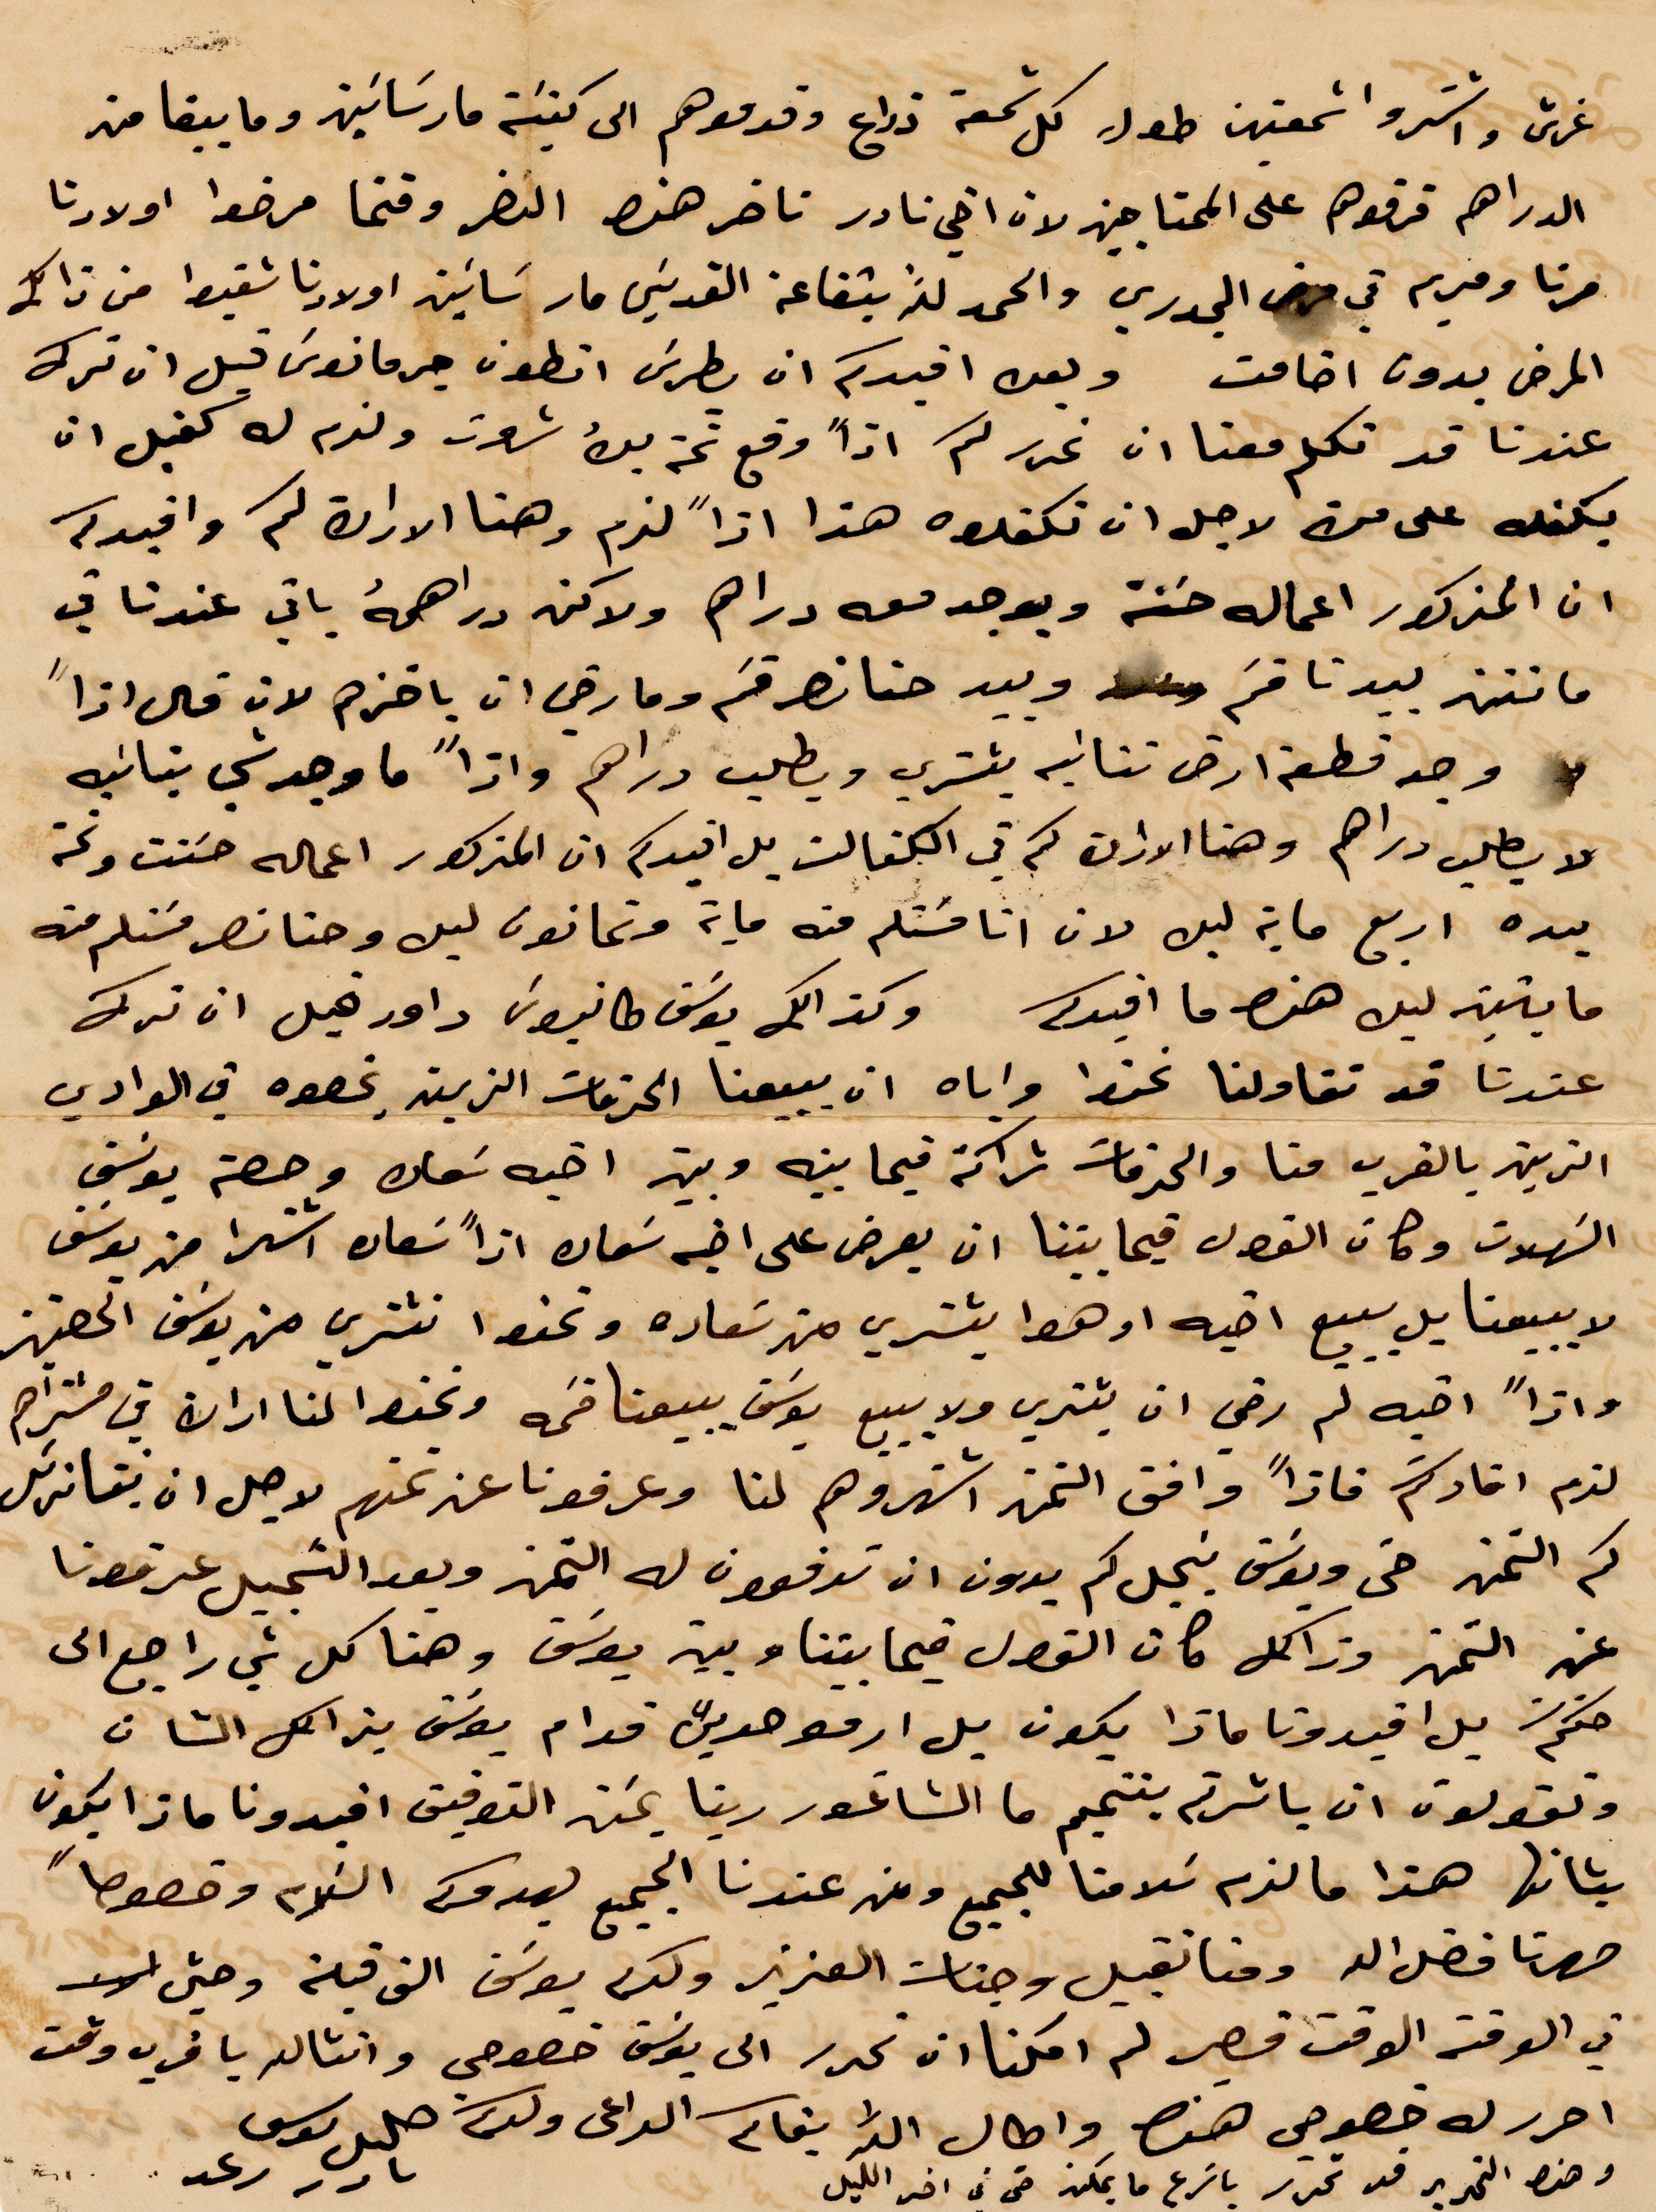
غرش واشتروا شمعتين طول كل شمعة ذراع وقدموهم الى كنيسة مار ساسين وما يبقا من
الدراهم قرقوهم على المحتاجين لان اخي نادر تأخر هذا النضر وقتما مرضوا أولادنا
مرتا ومريم في مرض الجدري والحمدالله بشفاعة القديس مار ساسين أولادنا شفيط من ذلك
المرض بدون اضامت وبعد افيدكم ان بطرس أنطون جرمانوس قبل ان ترك
عندنا قد تكلم معنا ان نحرر لكم اذًا وقع ثمنه بك شعرت ولزم له كفيل ان
يكفله على من لاجل ان تكفلوه هذا اذًا لزم وهنا الاراة كم وافيركم
ان المذكور اعماله حسنة ويوجد معه دراهم لاكن دراهمه باقي عندنا في
ما تنته بيدنا قيم وبيد حنا نصر قسم ومارضي ان ياخذهم لان قال اذًا
وجد قطعة ارض ثانية يشتري ويطلب دراهم واذًا ما وجد شي بنانيه
لا يطلب دراهم وهنا الإرادة كم في الكفالت بل قيدكم ان المذكور اعماله حنت ونحن
بيده اربع ماية ليره لان انا مستلم منه ماية وثمانون ليره وحنا نصر مستلم منه
مايتين ليره هذا ما افيدكم وكذلك يوسف طنوس داود قبل ان ترك
عندنا قد تقاولنا نحفظ واياه ان يبيعنا الخدمات الزيت بخصوص في الوادي
الزين بالقرب منا والخدمات شراكة فيما بينه وبين أخيه سمعان وحصة يوسف
السهلات وكان الفصل فيما بيننا ان يعرض على أخيه سعاد اذًا سعاد اشترا من يوسف
لا يبيعنا بل يبيع أخيه او هوا يشتري من سعادة وتحفظ نشتري من يوسف %%
واذًا أخيه لم رضي ان يشتري ولا يبيع يوسف يبيعنا قسمه ونحفظ لنا اران في مشتراهم
لذم افادتكم فاذًا وافق التمن اشتروهن لنا وعرفونا عن تمنهم لاجل ان %%
كم التمن حتى ويوسف ينجدكم يدون ان تدفعون له التمن وبعد التسجيل عرفونا
عن التمن وذلك كان الفصل فيما بيننا وبين يوسف وهنا كل شي راجع الى
حكم بل اقيدونا ماذا يكون بل أمور حدين قدام يوسف بذللك الشأن
وتقولون ان باشرتم بتتميم ما الشاغور  ربما عن التوفيق افيدونا ماذا يكون
بشانها هذا ما لزم كلامنا للجميع ومن عندنا الجميع يعدوكم السلام وخصوصًا
صهرنا فضل الله ومنا نقبل وجنات العزيز وكرم يوسف الف قبلة وحتى
في الوقت الوقت قصير لم امكنا ان نحرر الى يوسف خصوصي وانشالله باقرب وقت
احرر لخ حضوضي هنا واطال الله بقاكم الداعي ولدكم
وهذا التحرير قد تحرر بأسرع ما يمكن حتى في اخر الليل